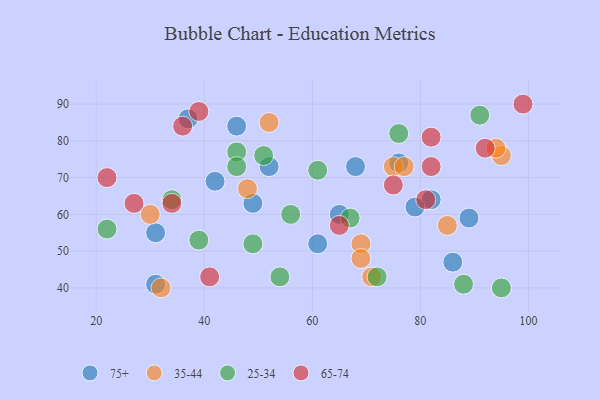
{"axis": {"x": "GDP", "y": "Life Expectancy"}, "legend": ["25-34", "35-44", "65-74", "75+"], "data": [{"x": "49", "y": 63, "type": "75+"}, {"x": "61", "y": 52, "type": "75+"}, {"x": "52", "y": 73, "type": "75+"}, {"x": "31", "y": 41, "type": "75+"}, {"x": "65", "y": 60, "type": "75+"}, {"x": "42", "y": 69, "type": "75+"}, {"x": "46", "y": 84, "type": "75+"}, {"x": "82", "y": 64, "type": "75+"}, {"x": "89", "y": 59, "type": "75+"}, {"x": "31", "y": 55, "type": "75+"}, {"x": "86", "y": 47, "type": "75+"}, {"x": "68", "y": 73, "type": "75+"}, {"x": "37", "y": 86, "type": "75+"}, {"x": "79", "y": 62, "type": "75+"}, {"x": "76", "y": 74, "type": "75+"}, {"x": "30", "y": 60, "type": "35-44"}, {"x": "69", "y": 52, "type": "35-44"}, {"x": "75", "y": 73, "type": "35-44"}, {"x": "52", "y": 85, "type": "35-44"}, {"x": "85", "y": 57, "type": "35-44"}, {"x": "48", "y": 67, "type": "35-44"}, {"x": "77", "y": 73, "type": "35-44"}, {"x": "32", "y": 40, "type": "35-44"}, {"x": "95", "y": 76, "type": "35-44"}, {"x": "71", "y": 43, "type": "35-44"}, {"x": "94", "y": 78, "type": "35-44"}, {"x": "69", "y": 48, "type": "35-44"}, {"x": "39", "y": 53, "type": "25-34"}, {"x": "67", "y": 59, "type": "25-34"}, {"x": "49", "y": 52, "type": "25-34"}, {"x": "56", "y": 60, "type": "25-34"}, {"x": "88", "y": 41, "type": "25-34"}, {"x": "46", "y": 77, "type": "25-34"}, {"x": "34", "y": 64, "type": "25-34"}, {"x": "76", "y": 82, "type": "25-34"}, {"x": "46", "y": 73, "type": "25-34"}, {"x": "91", "y": 87, "type": "25-34"}, {"x": "51", "y": 76, "type": "25-34"}, {"x": "95", "y": 40, "type": "25-34"}, {"x": "61", "y": 72, "type": "25-34"}, {"x": "72", "y": 43, "type": "25-34"}, {"x": "54", "y": 43, "type": "25-34"}, {"x": "22", "y": 56, "type": "25-34"}, {"x": "22", "y": 70, "type": "65-74"}, {"x": "41", "y": 43, "type": "65-74"}, {"x": "81", "y": 64, "type": "65-74"}, {"x": "82", "y": 81, "type": "65-74"}, {"x": "36", "y": 84, "type": "65-74"}, {"x": "34", "y": 63, "type": "65-74"}, {"x": "92", "y": 78, "type": "65-74"}, {"x": "39", "y": 88, "type": "65-74"}, {"x": "65", "y": 57, "type": "65-74"}, {"x": "82", "y": 73, "type": "65-74"}, {"x": "27", "y": 63, "type": "65-74"}, {"x": "75", "y": 68, "type": "65-74"}, {"x": "99", "y": 90, "type": "65-74"}]}